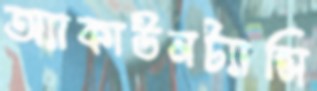
অ্যাকাউনট্যান্সি